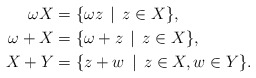
\begin{align*}\omega X &= \{ \omega z \, \mid \, z \in X\}, \\\omega + X &= \{ \omega + z \, \mid \, z \in X\}, \\X + Y &= \{z + w \, \mid \, z \in X, w \in Y\}.\end{align*}